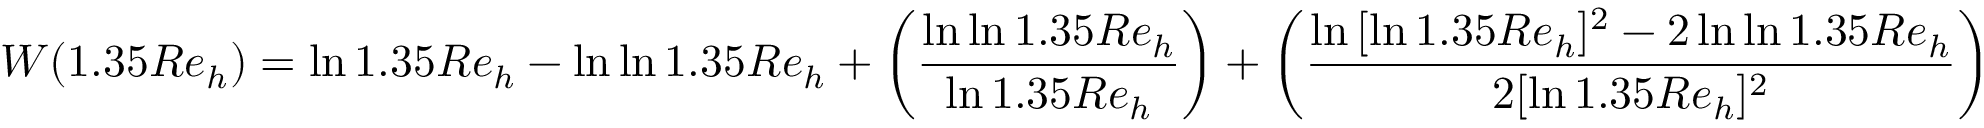
W ( 1 . 3 5 R e _ { h } ) = \ln { 1 . 3 5 R e _ { h } } - \ln { \ln { 1 . 3 5 R e _ { h } } } + \left( { \frac { \ln { \ln { 1 . 3 5 R e _ { h } } } } { \ln { 1 . 3 5 R e _ { h } } } } \right) + \left( { \frac { \ln { [ \ln { 1 . 3 5 R e _ { h } } ] ^ { 2 } - 2 \ln { \ln { 1 . 3 5 R e _ { h } } } } } { 2 [ \ln { 1 . 3 5 R e _ { h } } ] ^ { 2 } } } \right)